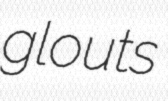
glouts